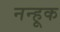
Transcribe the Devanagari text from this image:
नन्हूक